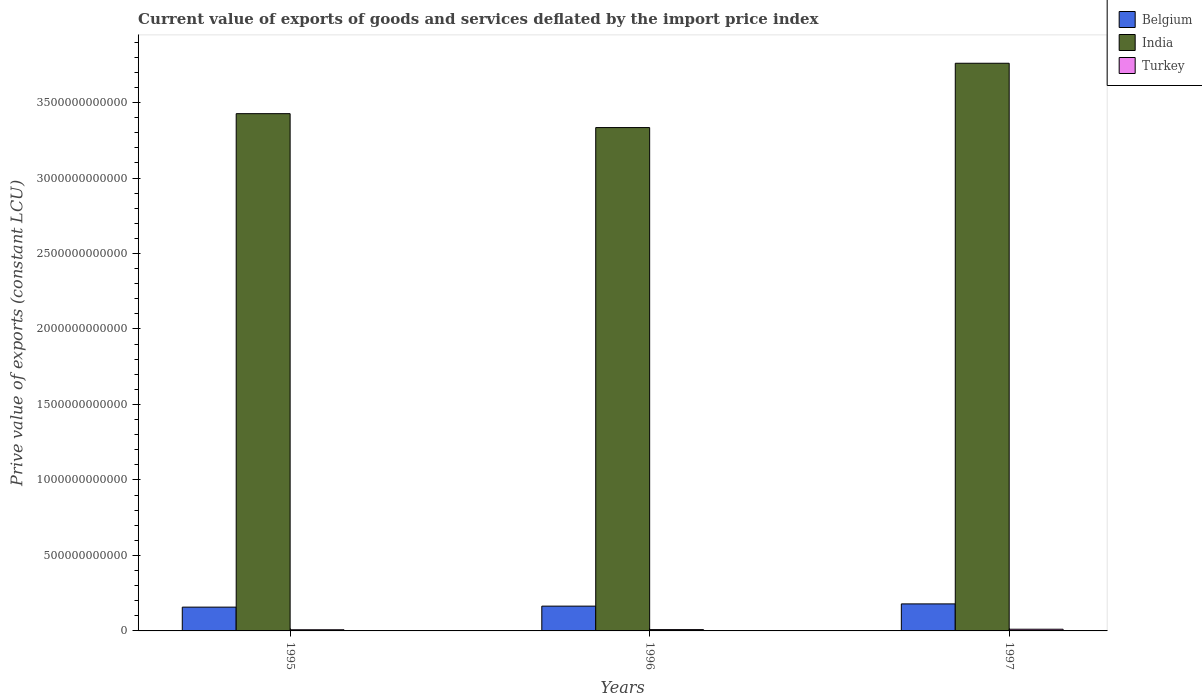
| Years | Belgium | India | Turkey |
 | --- | --- | --- | --- |
 | 1995 | 1.58e+11 | 3.43e+12 | 7.66e+09 |
 | 1996 | 1.64e+11 | 3.33e+12 | 8.75e+09 |
 | 1997 | 1.79e+11 | 3.76e+12 | 1.12e+10 |